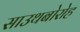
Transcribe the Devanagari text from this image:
साउथबोरोह